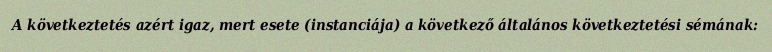
A következtetés azért igaz, mert esete (instanciája) a következő általános következtetési sémának: